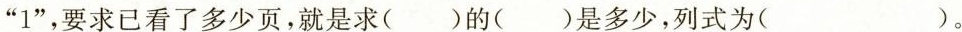
“1”，要求已看了多少页，就是求(）的（）是多少，列式为（）。